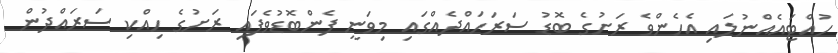
ހުއްޓައެއްނުލައި އެހެންވެ ރަށުގެ ބޮޑު ސަރަހައްދެއްގައި މިވަނީ ފެންބޮޑުވެފައި ރަށުގެ ހިއްކި ސަރައްދުން